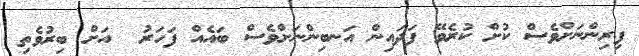
ފިރިންނަށްވެސް ކުށް ކުރެވޭ ފަދައިން އަނބިންނަށްވެސް ބައެއް ފަހަރު  އަށް ބިރުވެތި